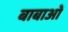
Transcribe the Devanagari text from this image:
बाबाओं